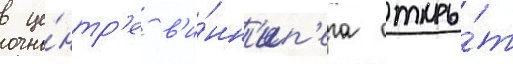
в це́нтр'е в'и́нн'ип'ега откры́т